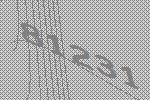
81231